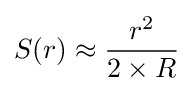
S(r)\approx {\frac {r^{2}}{2\times R}}